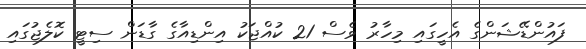
ފައުންޑޭޝަންގެ އެހީގައި މިހާރު ވެސް 21 ކުއްޖަކު އިންޑިއާގެ ގާޑަން ސިޓީ ކޮލެޖުގައި